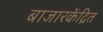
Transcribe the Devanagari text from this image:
बाजारकेंद्रित